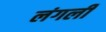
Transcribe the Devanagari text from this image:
लंगली